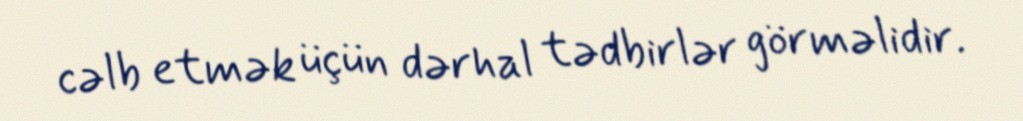
cəlb etmək üçün dərhal tədbirlər görməlidir.